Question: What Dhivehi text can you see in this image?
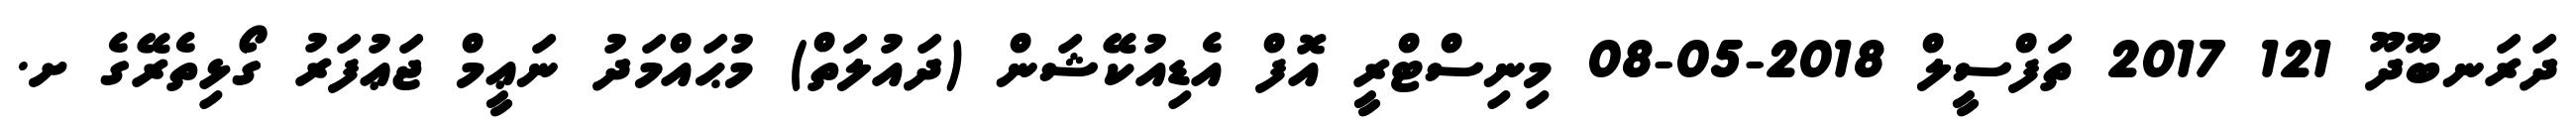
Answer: ދަރަނބޫދޫ 121 2017 ތަފްސީލް 2018-05-08 މިނިސްޓްރީ އޮފް އެޑިއުކޭޝަން (ދައުލަތް) މުޙައްމަދު ނަޢީމް ޖަޢުފަރު ގޯޅިތެރޭގެ ށ.